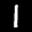
Label: 1